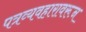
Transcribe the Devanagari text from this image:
पत्रव्यवहारावरून